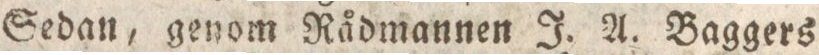
Sedan, genom Rådmannen J. A. Baggers